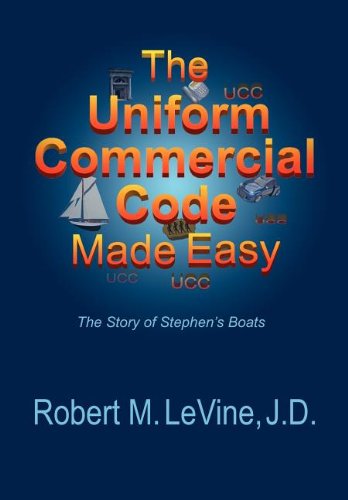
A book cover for The Uniform Commercial Code Made Easy; Robert M LeVine; Law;